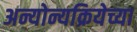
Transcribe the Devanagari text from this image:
अन्योन्यक्रियेच्या